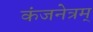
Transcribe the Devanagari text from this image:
कंजनेत्रम्‌